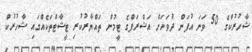
ޝާހުރުކްގެ 50 ވަނަ އުފަން ދުވަހަށް އަޝްރަފްގެ ޓީމުން ތައްޔާރުކުރި ޓީޝާޓްތަކެއްގައި ޝާހުރުކް